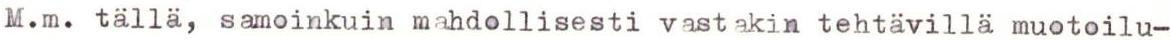
M.m. tällä, samoinkuin mahdollisesti vastakin tehtävillä muotoilu-